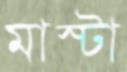
মাস্টা